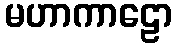
မဟာကာဠော